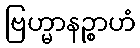
ဗြဟ္မာနဉ္စာဟံ